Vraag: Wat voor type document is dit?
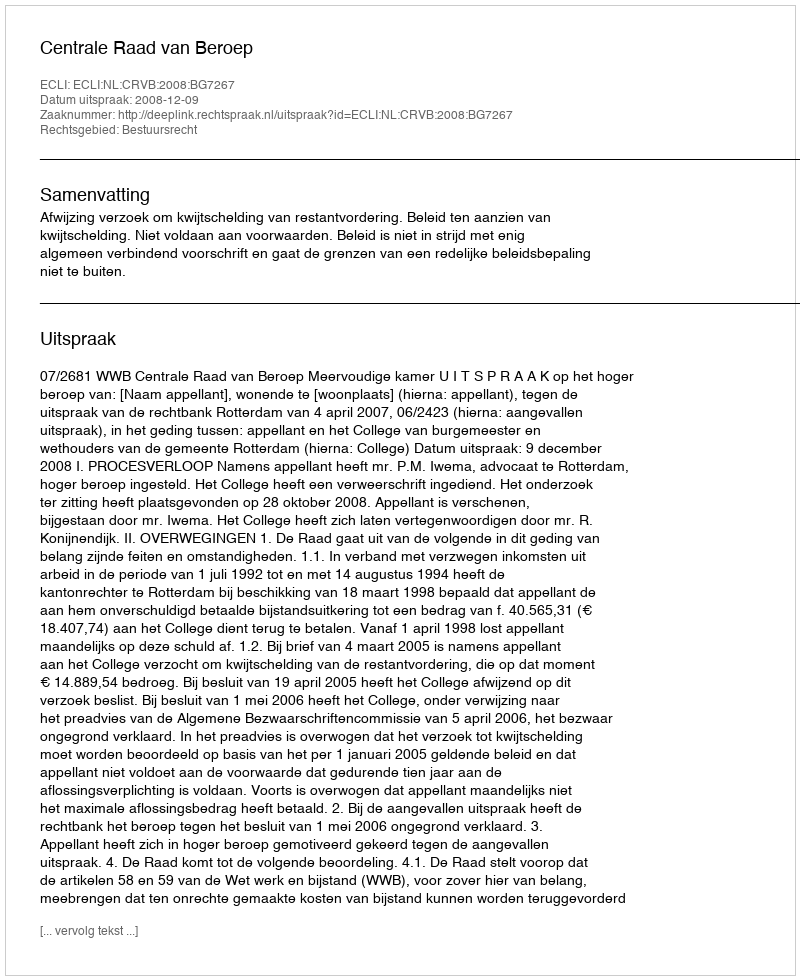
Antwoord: Uitspraak